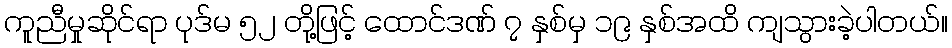
ကူညီမှုဆိုင်ရာ ပုဒ်မ ၅၂ တို့ဖြင့် ထောင်ဒဏ် ၇ နှစ်မှ ၁၉ နှစ်အထိ ကျသွားခဲ့ပါတယ်။